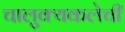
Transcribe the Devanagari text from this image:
चालुक्यकलेची